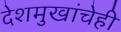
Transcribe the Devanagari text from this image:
देशमुखांचेही